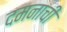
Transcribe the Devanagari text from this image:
दमनाची